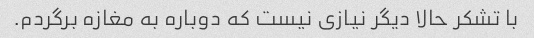
با تشکر حالا دیگر نیازی نیست که دوباره به مغازه برگردم.